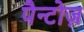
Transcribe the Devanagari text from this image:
पैन्टोज़